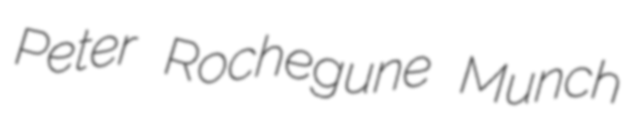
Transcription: Peter Rochegune Munch